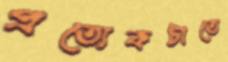
প্রত্যেকটাতে